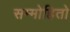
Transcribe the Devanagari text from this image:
सम्मोहितो